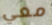
معي